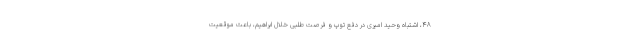
۴۸، اشتباه وحید امیری در دفع توپ و فرصت طلبی خلال ابراهیم، باعث موقعیت